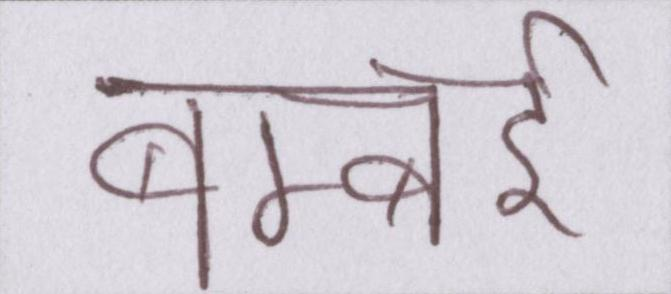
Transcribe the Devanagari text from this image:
बम्बई